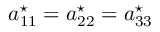
a _ { 1 1 } ^ { \star } = a _ { 2 2 } ^ { \star } = a _ { 3 3 } ^ { \star }